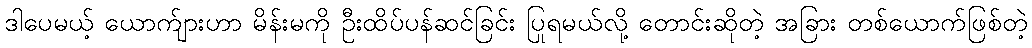
ဒါပေမယ့် ယောက်ျားဟာ မိန်းမကို ဦးထိပ်ပန်ဆင်ခြင်း ပြုရမယ်လို့ တောင်းဆိုတဲ့ အခြား တစ်ယောက်ဖြစ်တဲ့